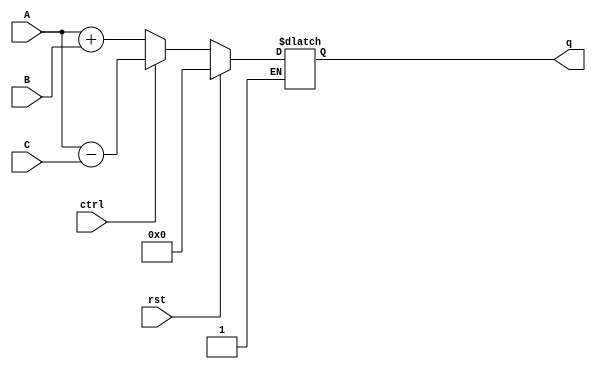
`timescale 1ns / 1ps
//////////////////////////////////////////////////////////////////////////////////
// Company: 
// Engineer: 
// 
// Design Name: 
// Module Name: CCTA
// Project Name: 
// Target Devices: 
// Tool Versions: 
// Description: 
// 
// Dependencies: 
// 
// Revision:
// Revision 0.01 - File Created
// Additional Comments:
// 
//////////////////////////////////////////////////////////////////////////////////


//!DO NOT MODIFY MODULE NAME AND PORT NAME!
module CCTA(
    input [3:0] A,
    input [3:0] B,
    input [3:0] C,
    input rst,
    input ctrl,
    output reg [4:0] q
);

always @(A or B or C or rst or ctrl) begin
    if (rst) begin
        q <= 0;
    end
    else if (!rst) begin
        if (!ctrl) begin
            q <= A + B;
        end
        else begin
            q <= A - C;
        end
    end
end

endmodule